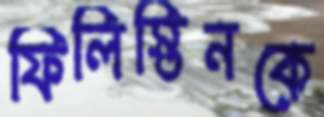
ফিলিস্তিনকে